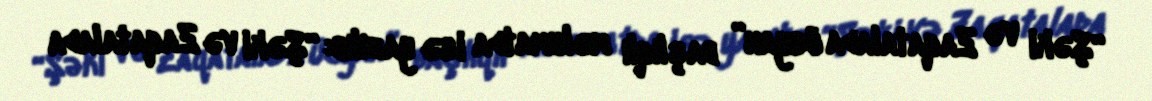
“Şəki və Zaqatalada üsyan” başlıqlı məlumatda isə yazılıb: “Şəki və Zaqatalada